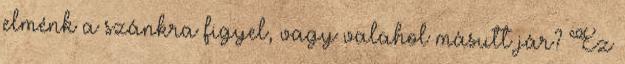
elménk a szánkra figyel, vagy valahol másutt jár? Ez